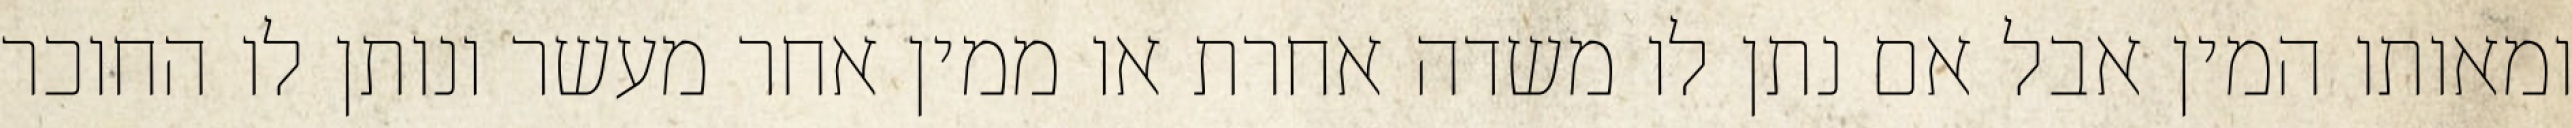
ומאותו המין אבל אם נתן לו משדה אחרת או ממין אחר מעשר ונותן לו החוכר